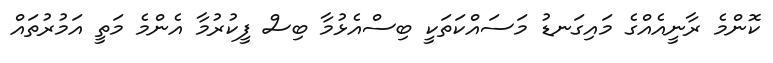
ކޮންމެ ރާނީއެއްގެ މައިގަނޑު މަސައްކަތަކީ ބިސްއެޅުމާ ބިސް ފީކުރުމާ އެންމެ މަތީ އަމުރުތައް